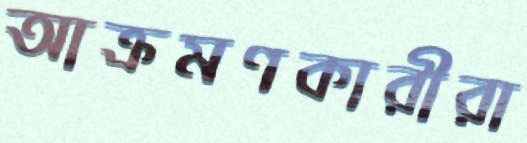
আক্রমণকারীরা